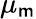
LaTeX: \mu_{\mathsf{m}}